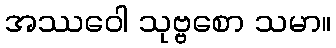
အဿဝေါ သုဗ္ဗစော သမာ။